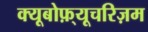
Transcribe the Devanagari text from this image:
क्यूबोफ़्यूचरिज़म